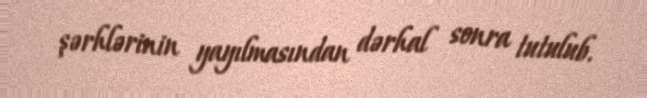
şərhlərinin yayılmasından dərhal sonra tutulub.